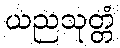
ယညသုတ္တံ